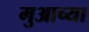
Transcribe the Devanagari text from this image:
मुआच्या